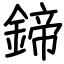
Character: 鍗